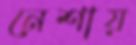
নেশায়